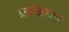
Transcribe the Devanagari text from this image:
ब्लॉकच्या